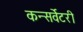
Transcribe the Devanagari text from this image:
कन्सर्वेटरी